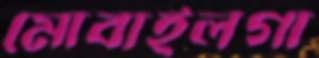
মোবাইলগা